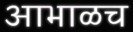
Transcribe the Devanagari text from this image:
आभाळच